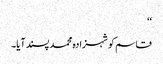
‘‘
قاسم کو شہزادہ محمد پسند آیا۔